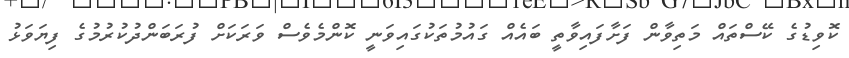
ކޮވިޑުގެ ކޭސްތައް މަތިވާން ފަށާފައިވާތީ ބައެއް ގައުމުތަކުގައިވަނީ ކޮންމެވެސް ވަރަކަށް ފުރަބަންދުކުރުމުގެ ފިޔަވަޅު